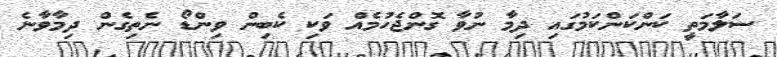
ސަލާމަތީ ކަންކަންކަމުގައި ދިމާ ނުވާ ގޮންޖެހުމެއް ވަކި ކެބިން ވިންޑޯ ނެތިގެން ދިމާވާނެ